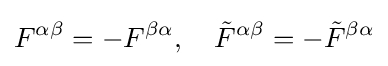
F^{\alpha \beta }=-F^{\beta \alpha },\quad {\tilde {F}}^{\alpha \beta }=-{\tilde {F}}^{\beta \alpha }